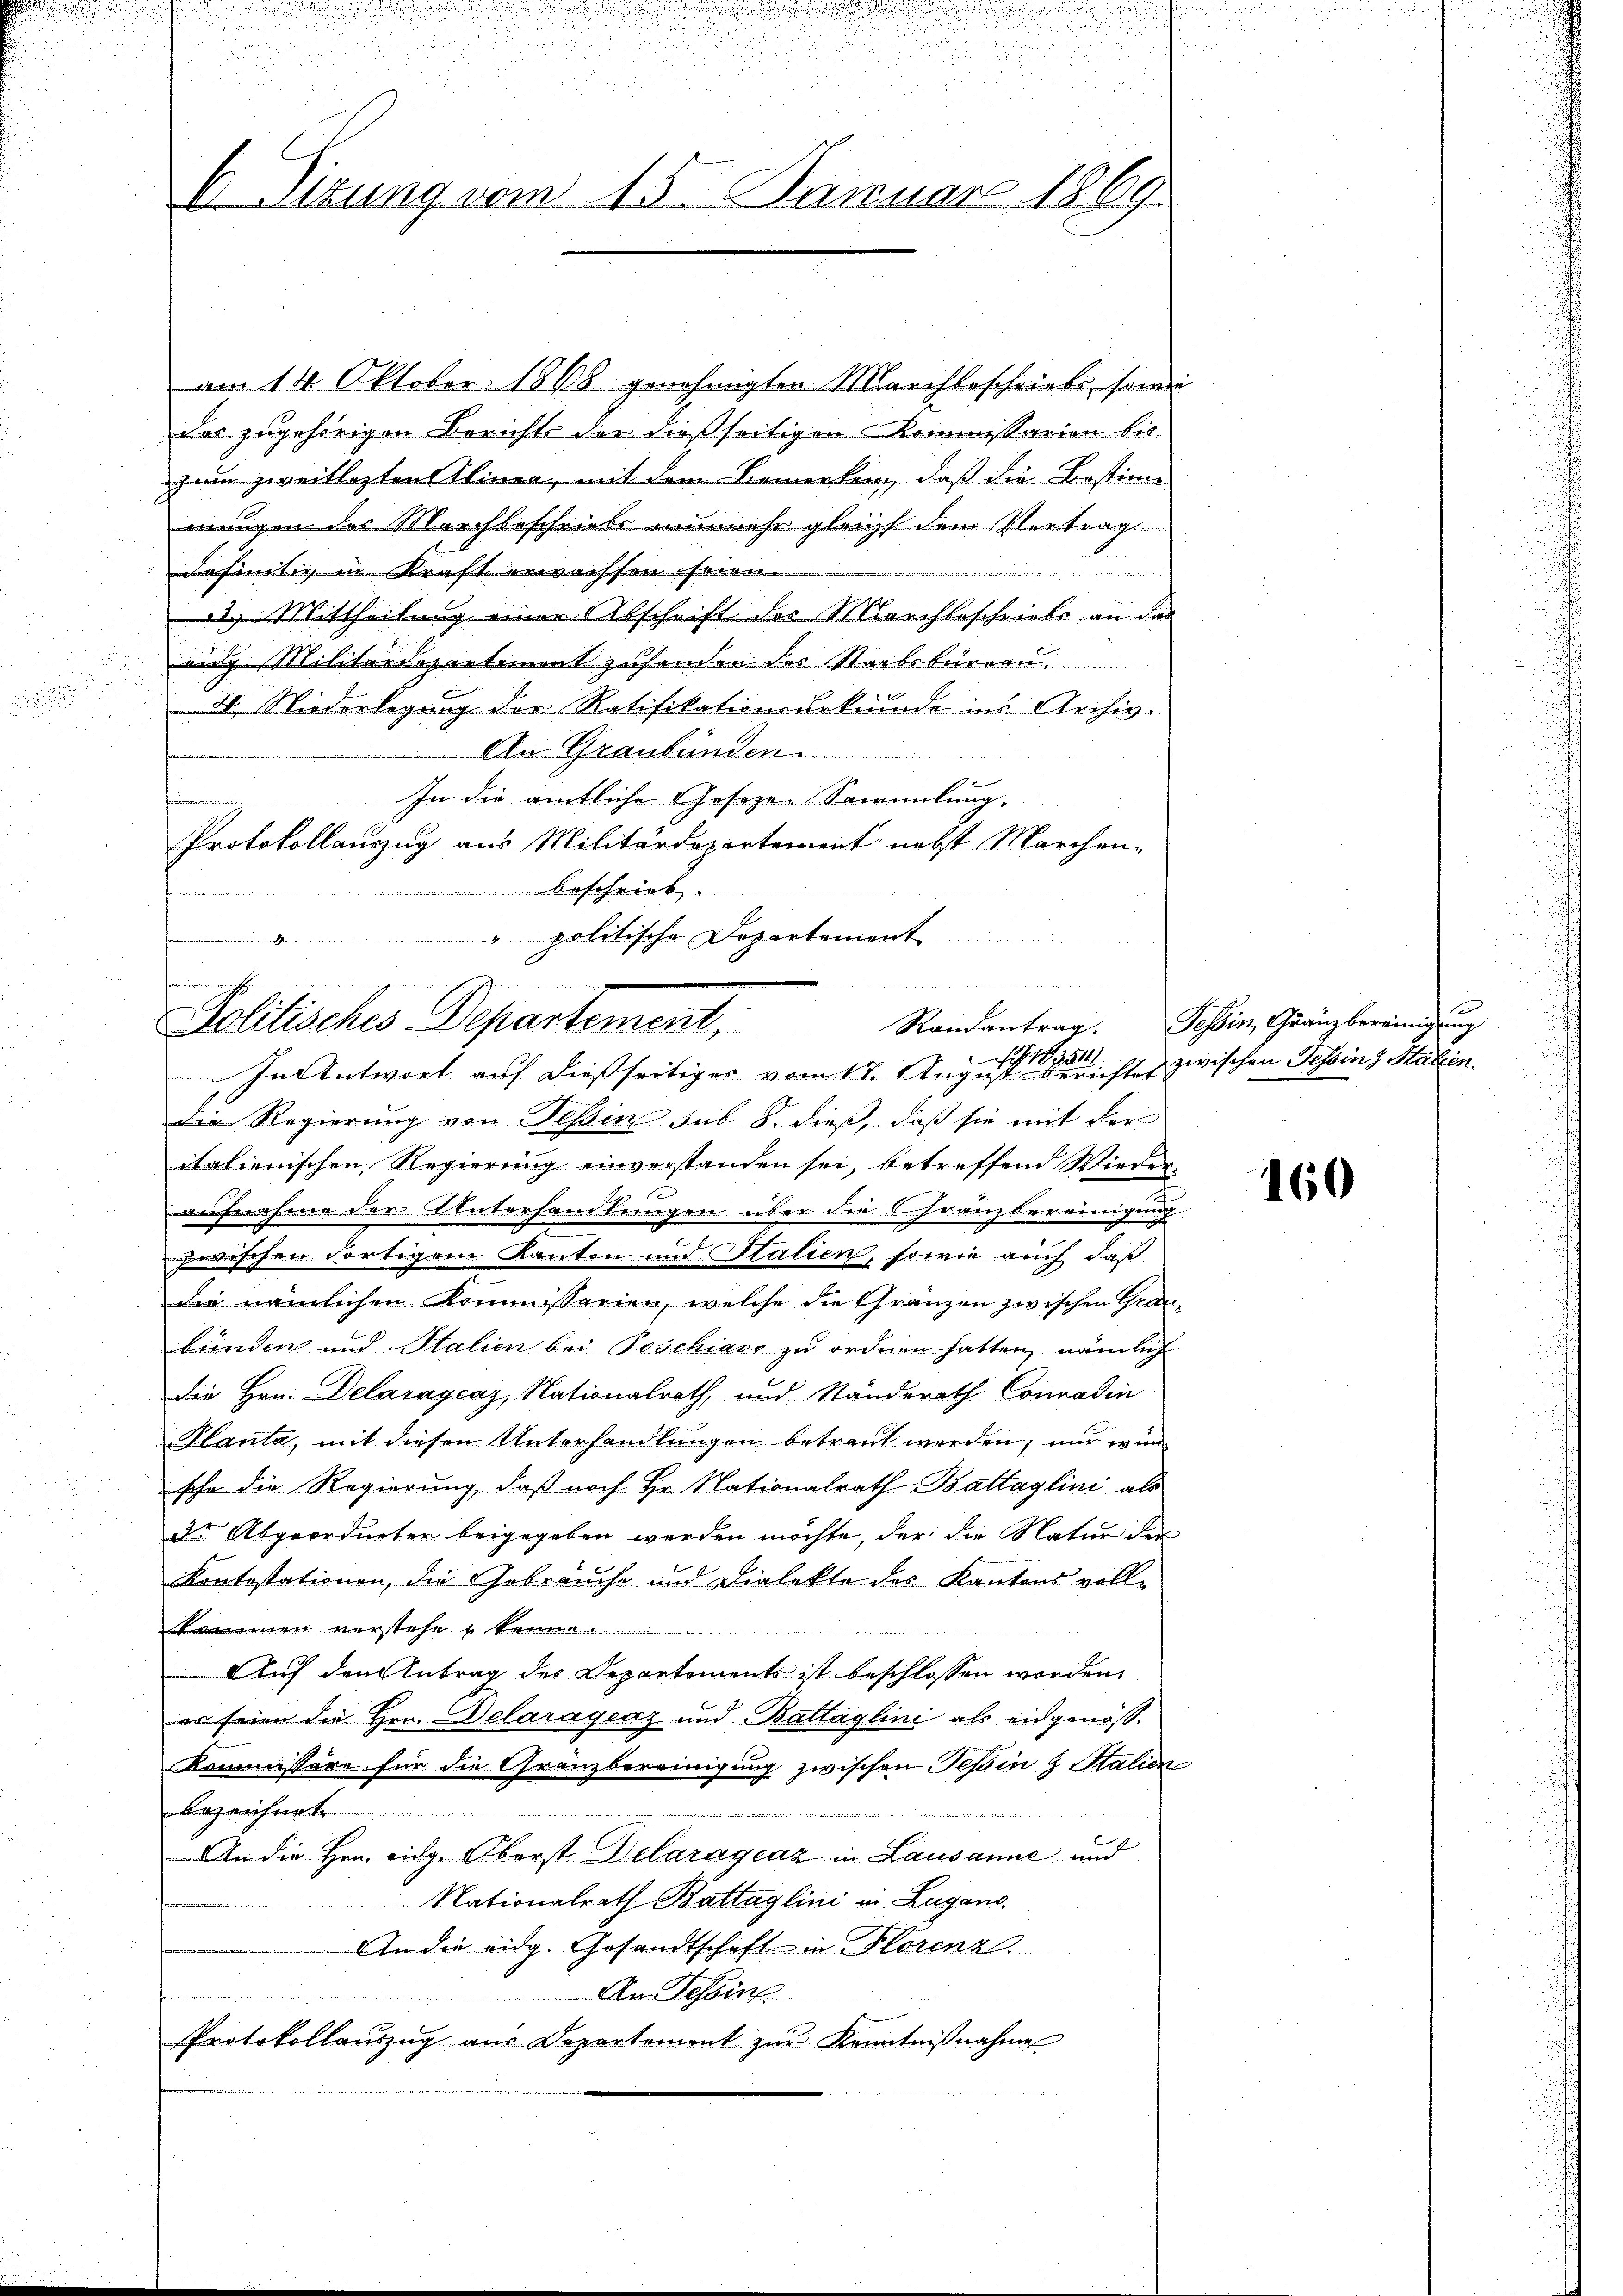
a

.
2

u
i
E Sizung vom 15. Januar 1869.

am 14. Oktober 1868 genehmigten Marchbeschriebe, sowie
das zugehörigen Berichte der dießseitigen Kommissarien bis
zum zweitlezten Alinea, mit dem Bemerken, daß die Bestim-
mungen des Marchbeschriebe nunmehr gleichs dem Vertrag

definitiv in Kraft erwachsen seien.
2. Mittheilung einer Abschrift der Marchbeschriebe an das
wig Militärdepartement zuhanden des Staatsbürern
4 Niederlegung der Ratifikationsbekunde ins Archiv-
An Graubünden
In die amtliche Geseze-Sammlung.
Protokollauszug aus Militärdepartement nebst Marchen-
Beschrieb.
" politische Departement
e

s
Politisches Departement,
Randantrag.
In Antwort auf dießseitiges vom 17. August leister zwischen Tessin 3 Statten.

.

die Regierung von Tessin sub. 8. dieß, daß sie mit der
italienischen Regierung einverstanden sei, betreffend Wieder-
aufnahme der Unterhandlungen über die Franzbereinigung
zwischen Fortigem Kanton und Stalien, sowie auch daß
die nämlichen Kommissarien, welche die Gränzen zwischen Graubünden und Italien bei Poschiavo zu ordnen hatten, nämlich
Die Hrn. Delaragraz, Nationalrath, und Standerath Conradin
Planta, mit diesen Unterhandlungen betraut werden; nur wün
sche die Regierung, daß noch Hr. Nationalrath Battaglini als
dr Abgeordneter beigegeben werden möchte, der die Natur der
Kontestationen, die Gebräuche und Dialekte des Kantons voll-
kammen verstehe kenne.
Auf den Antrag des Departements ist beschlossen worden,
es seien die Hrn. Delaragraz und Battaglini als eidgenöß¬
Kommissore für die Gränzbereinigung zwischen Tessin & Stalien
bezeichnet.
An die Hrn. Eidg. Oberst Delaragraz in Lausanne und
Nationalrath Battaglini in Lugano.
An die eidg. Gesandtschaft in Florenz.
An Tessin
die
Protokollauszug aus Departement zur Kenntnißnahme

Tessin, Gränzbereinigung

160